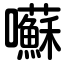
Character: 囌